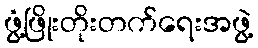
ဖွံ့ဖြိုးတိုးတက်ရေးအဖွဲ့